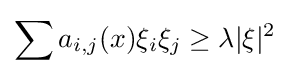
\sum a_{i,j}(x)\xi _{i}\xi _{j}\geq \lambda |\xi |^{2}